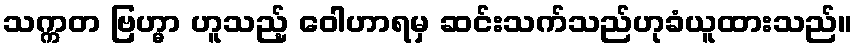
သက္ကတ ဗြဟ္မာ ဟူသည့် ဝေါဟာရမှ ဆင်းသက်သည်ဟုခံယူထားသည်။